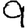
Digit: 9